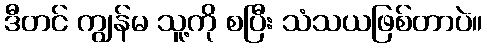
ဒီတင် ကျွန်မ သူ့ကို စပြီး သံသယဖြစ်တာပဲ။